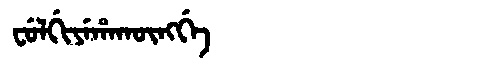
Manchu: ᠸᡠᠯᡤᡳᠶᡝᡥᠠᡴᡡᠩᡤᡝ
Romanization: FULGIYEHAKŪNGGE